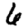
Digit: 6